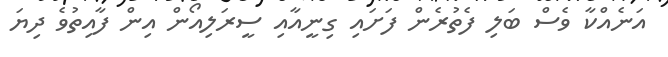
އަނެއްކާ ވެސް ބަލި ފެތުރެން ފަށައި ގިނީއާއި ސީރަލިއޯން އިން ފާއިތުވެ ދިޔަ